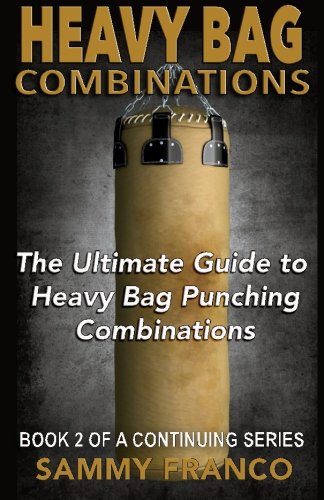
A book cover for Heavy Bag Combinations: The Ultimate Guide to Heavy Bag Punching Combinations (Heavy Bag Training Series) (Volume 2); Sammy Franco; Sports & Outdoors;